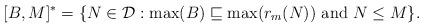
LaTeX: \begin{align*}[B,M]^*=\{N\in\mathcal{D}:\max(B)\sqsubseteq \max(r_m(N)) \mathrm{\ and\ } N\le M\}.\end{align*}